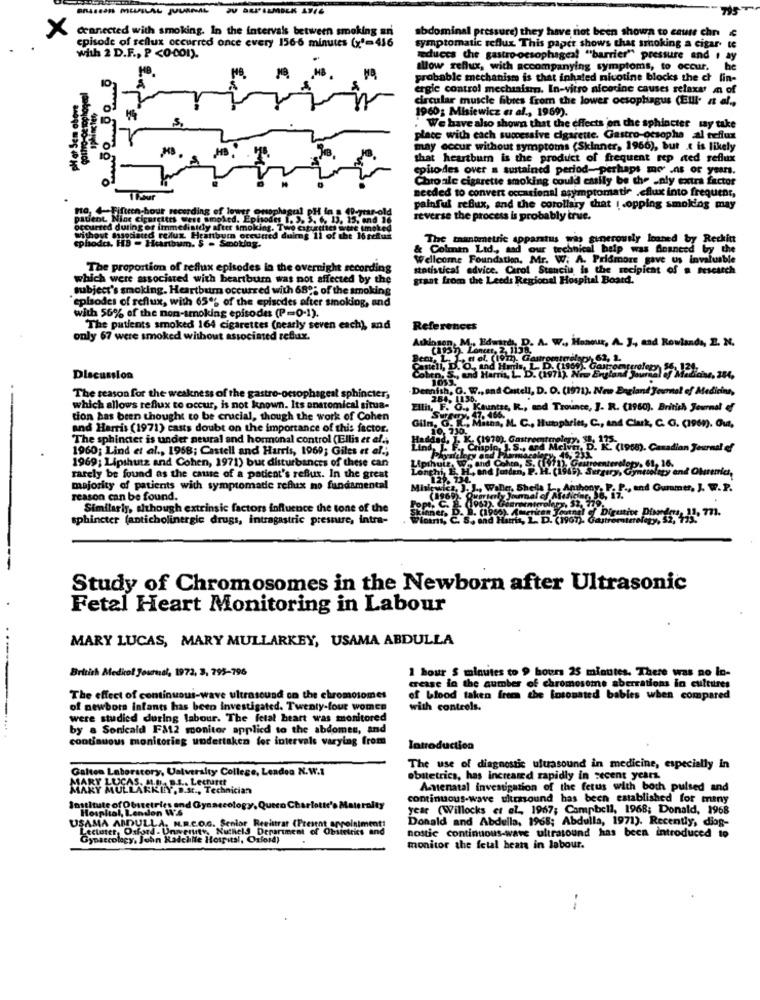
BRASSAN MULLAL JOURNAL
x
cranected with smoking. In the intervals between smoking an
episode of reflux occurred once every 156-6 minutes (x"=416
abdominal pressure) they have not been shown to cause chr
symptomatic reflux This paper shows that smoking a cigar-
with 2 D.F ., P <0.001).
reduces che gastro-oesophageal "barrier"" pressure and I ay
slow reflux, with accompanying symptoms, to occur, he
probable mechanism is that inhated nicotine blocks the ch lin-
ergie control mechanism. In-vitro nicotine causes relaxar an of
pH et Sem above
circular muscle fibres from the lower oesophagus (Elll' at al .,
sphincter,
1960: Misiewicz Et al ., 1969).
We have also shown that the effects on the sphincter may take
place with each successive cigarette. Gastro ocsopha al reflux
may occur without symptoms (Skinner, 1966), but .e is likely
t heartburn is the product of frequent rep ated reflux
episodes over a sustained period-perhaps mo -ns or years.
Chroale cigarette smoking could easily be the -aly extra factor
needed to convert occasional asymptomatie .cflux into frequent,
na, 4-Fifteen-hour recording of lower @os
painful refux, and the corollary that !. opping smoking may
patient Nine Ciperettes were smoked. Episode
reverse the process is probably true.
occurred during ot immediately after smoking.
without associated reflux Heartburn occurred
The tnandmetric apparatus was generously loaned by Reckitt
ephodes. HS - Hurtbum. $ - Smoking.
& Colman Ltd ., sad our technical help was Ananeed by the
Wellcome Foundation, Mr. W. A. Pridmore gave us invalu
The proportion of reflux episodes in the overnight recording
statistical advice. Carol Stanciu is the recipient of a fesearch
which were associated with heartburn was not affected by the
grant from the Leeds Regional Hosphal Board.
subject's smoking. Heartburn occurred with 68%; of the smoking
episodes of reflux, with 65% of the episodes after smoking, and
with 56% of the non-smoking episodes (P=0-1).
The patients smoked 164 cigarettes (nearly seven each), and
References
only 67 were smoked without associated reflux.
A. W .. Honour, A. J ., and Rowlands, 2. N.
Discussion
and Castell, D. O. (1971). New England Journal of Medicine,
The reason for the weakness of the gastro-oesophageal sphincter,
which allows reflux to occur, is not known. Its anatomical situa-
, R ., and Trounce, J. R. (1960). British Journal of
tion has been thought to be crucial, though the work of Cohen
and Harris (1971) casts doubt on the importance of this factor.
IL. C ., Humphrin, C ., and Cluk, C. G. (1969). Gua,
The sphincter is under neural and hormonal control (Ellis et al .;
1960; Lind et al ., 1958; Castell and Harris, 1969; Giles et al .;
Mclve, D. K. (1968). Canadian Journal of
1969; Lipshutz and Cohen, 1971) bur disturbances of these can
rarely be found as the cause of a patient's reflux. In the great
majority of patients with symptomade reflux no fundamental
Anthony. P. F ., and Ourmer, J. W. P.
reason can be found.
Similarly, although extrinsic factors influence the tone of the
sphincter (anticholinergic drugs, intragastric pressure, intra-
Study of Chromosomes in the Newborn after Ultrasonic
Fetal Heart Monitoring in Labour
MARY LUCAS, MARY MULLARKEY, USAMA ABDULLA
----
British Medical Journal, 1972, 3, 795-796
1 hour $ minutes to 9 hours 25 minutes. There was no In-
e in the aumber of chromosome aberrations in cultures
The effect of continuous-wave ultrasound on the chromosomes
of blood taken freca the fotosated babies when compared
of newbora infants has been investigated. Twenty-four women
with controls.
were studied during labour. The fetal heart was monitored
by & Sonicald Få12 monitor applied to the abdomen, and
continuous monitoring undertaken for intervals varying from
Introduction
Galten Laboratory, University College, Leadeo N.W.I
The use of diagnostic ultrasound in medicine, especially in
obstetrics, has increased rapidly in secent years.
MARY MULLARKIY, D.c ., Technician
Asnenatal Investigation of the fetus with both pulsed and
continuous-wave ultrasound has been established for many
Institute of Obstetrics and Gynaecology, Quero Ch
ospital, Lenden W'S
riotte's Maternity
year (Willocks et al ., 1967; Campbell, 1968; Donald, 1968
USAMA ABDULLA, M.R.C.O.G. Senior Reelttrat (Present appointment!
Donald and Abdulla, 1968; Abdulla, 1971). Recently, diog-
Lecturer, Oxford - University, Nutheld Department of Obstetrics and
Gynaecology, John Radchile Hospital, Oxford)
nostic continuous-wave ultrasound has been introduced to
monitor the fetal hear in labour.